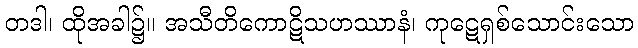
တဒါ၊ ထိုအခါ၌။ အသီတိကောဋိသဟဿာနံ၊ ကုဋေရှစ်သောင်းသော